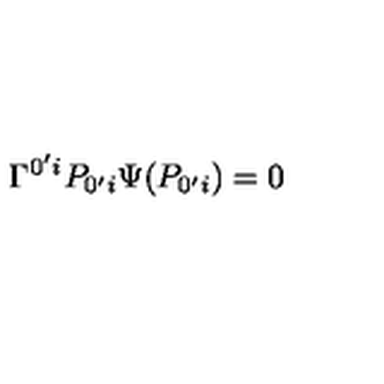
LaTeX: \Gamma ^ { 0 ^ { \prime } i } P _ { 0 ^ { \prime } i } \Psi ( P _ { 0 ^ { \prime } i } ) = 0